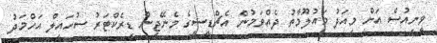
ވީނިއުސް އަށް މިއަދު މައުލޫމާތު ދެއްވަމުން އެޗްޑީސީގެ މެނޭޖިން ޑިރެކްޓަރު ސުހައިލް އަހްމަދު